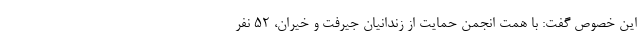
این خصوص گفت: با همت انجمن حمایت از زندانیان جیرفت و خیران، ۵۲ نفر